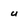
Character: u